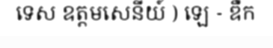
ទេស ឧត្តមសេនីយ៍ ) ឡេ - ឌឺក